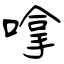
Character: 嗱